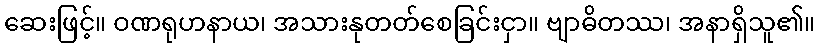
ဆေးဖြင့်။ ဝဏရုဟနာယ၊ အသားနုတတ်စေခြင်းငှာ။ ဗျာဓိတဿ၊ အနာရှိသူ၏။